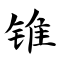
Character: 锥